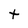
Character: t